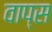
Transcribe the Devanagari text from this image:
वाप्स